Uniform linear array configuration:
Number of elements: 4
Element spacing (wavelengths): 1
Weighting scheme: hann
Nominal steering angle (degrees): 30
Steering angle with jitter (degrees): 29.709
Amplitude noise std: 0.05
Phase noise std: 0.05

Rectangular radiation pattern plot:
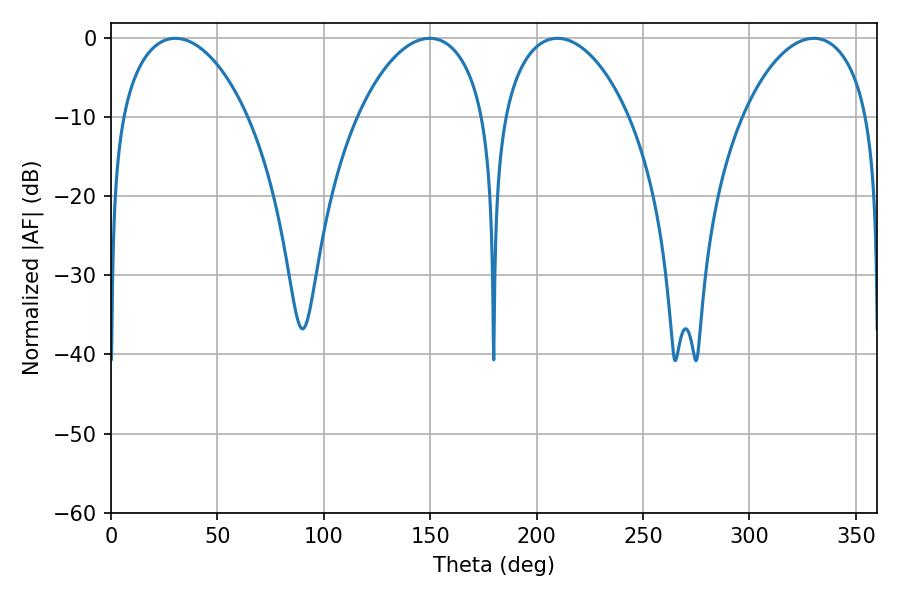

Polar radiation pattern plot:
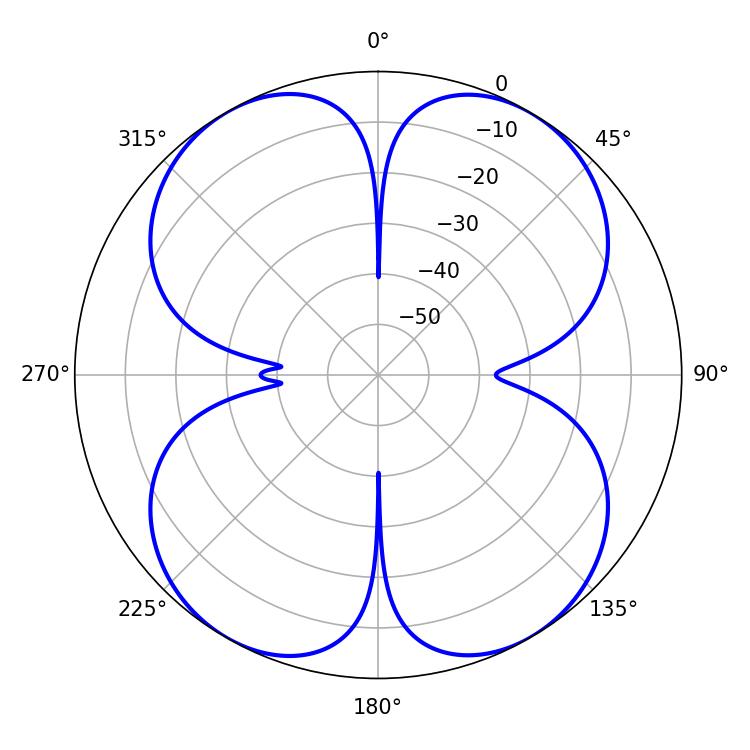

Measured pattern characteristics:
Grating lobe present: TRUE
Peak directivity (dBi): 21.225
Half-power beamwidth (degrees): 34.02
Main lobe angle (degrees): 30.24